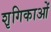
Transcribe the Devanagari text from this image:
शृगिकाओं